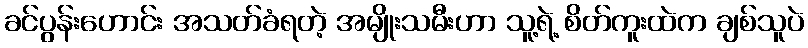
ခင်ပွန်းဟောင်း အသတ်ခံရတဲ့ အမျိုးသမီးဟာ သူ့ရဲ့ စိတ်ကူးထဲက ချစ်သူပဲ